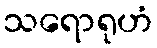
သရောရုဟံ